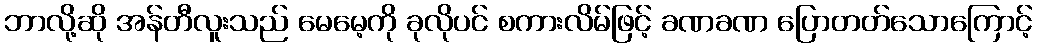
ဘာလို့ဆို အန်တီလူးသည် မေမေ့ကို ခုလိုပင် စကားလိမ်ဖြင့် ခဏခဏ ပြောတတ်သောကြောင့်